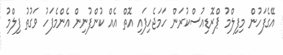
އޭގެފަހުން މިފިލްމު ޕްރޮޑިއުސްކުރަން ހަމަޖެހިފައި އޮތް އެއް ކުންފުނިން އެންމެފަހު ވަގުތު ފިލްމު